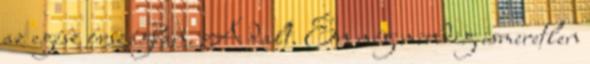
az egész országban. A dalt. Én még mindig ismeretlen